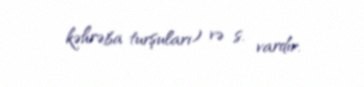
kəhrəba turşuları) və s. vardır.